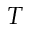
T